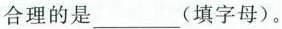
合理的是___(填字母)。